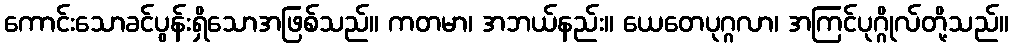
ကောင်းသောခင်ပွန်းရှိသောအဖြစ်သည်။ ကတမာ၊ အဘယ်နည်း။ ယေတေပုဂ္ဂလာ၊ အကြင်ပုဂ္ဂိုလ်တို့သည်။